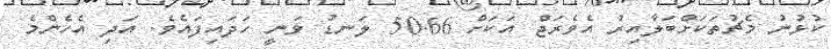
ކުޅުނު މެޗުތަކަށްބަލާއިރު އެވެރަޖް އަކަށް 50.66 ލަނޑު ވަނީ ހަދައިފައެވެ. އަދި އެހެންމެ